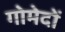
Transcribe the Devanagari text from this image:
गोमेदों